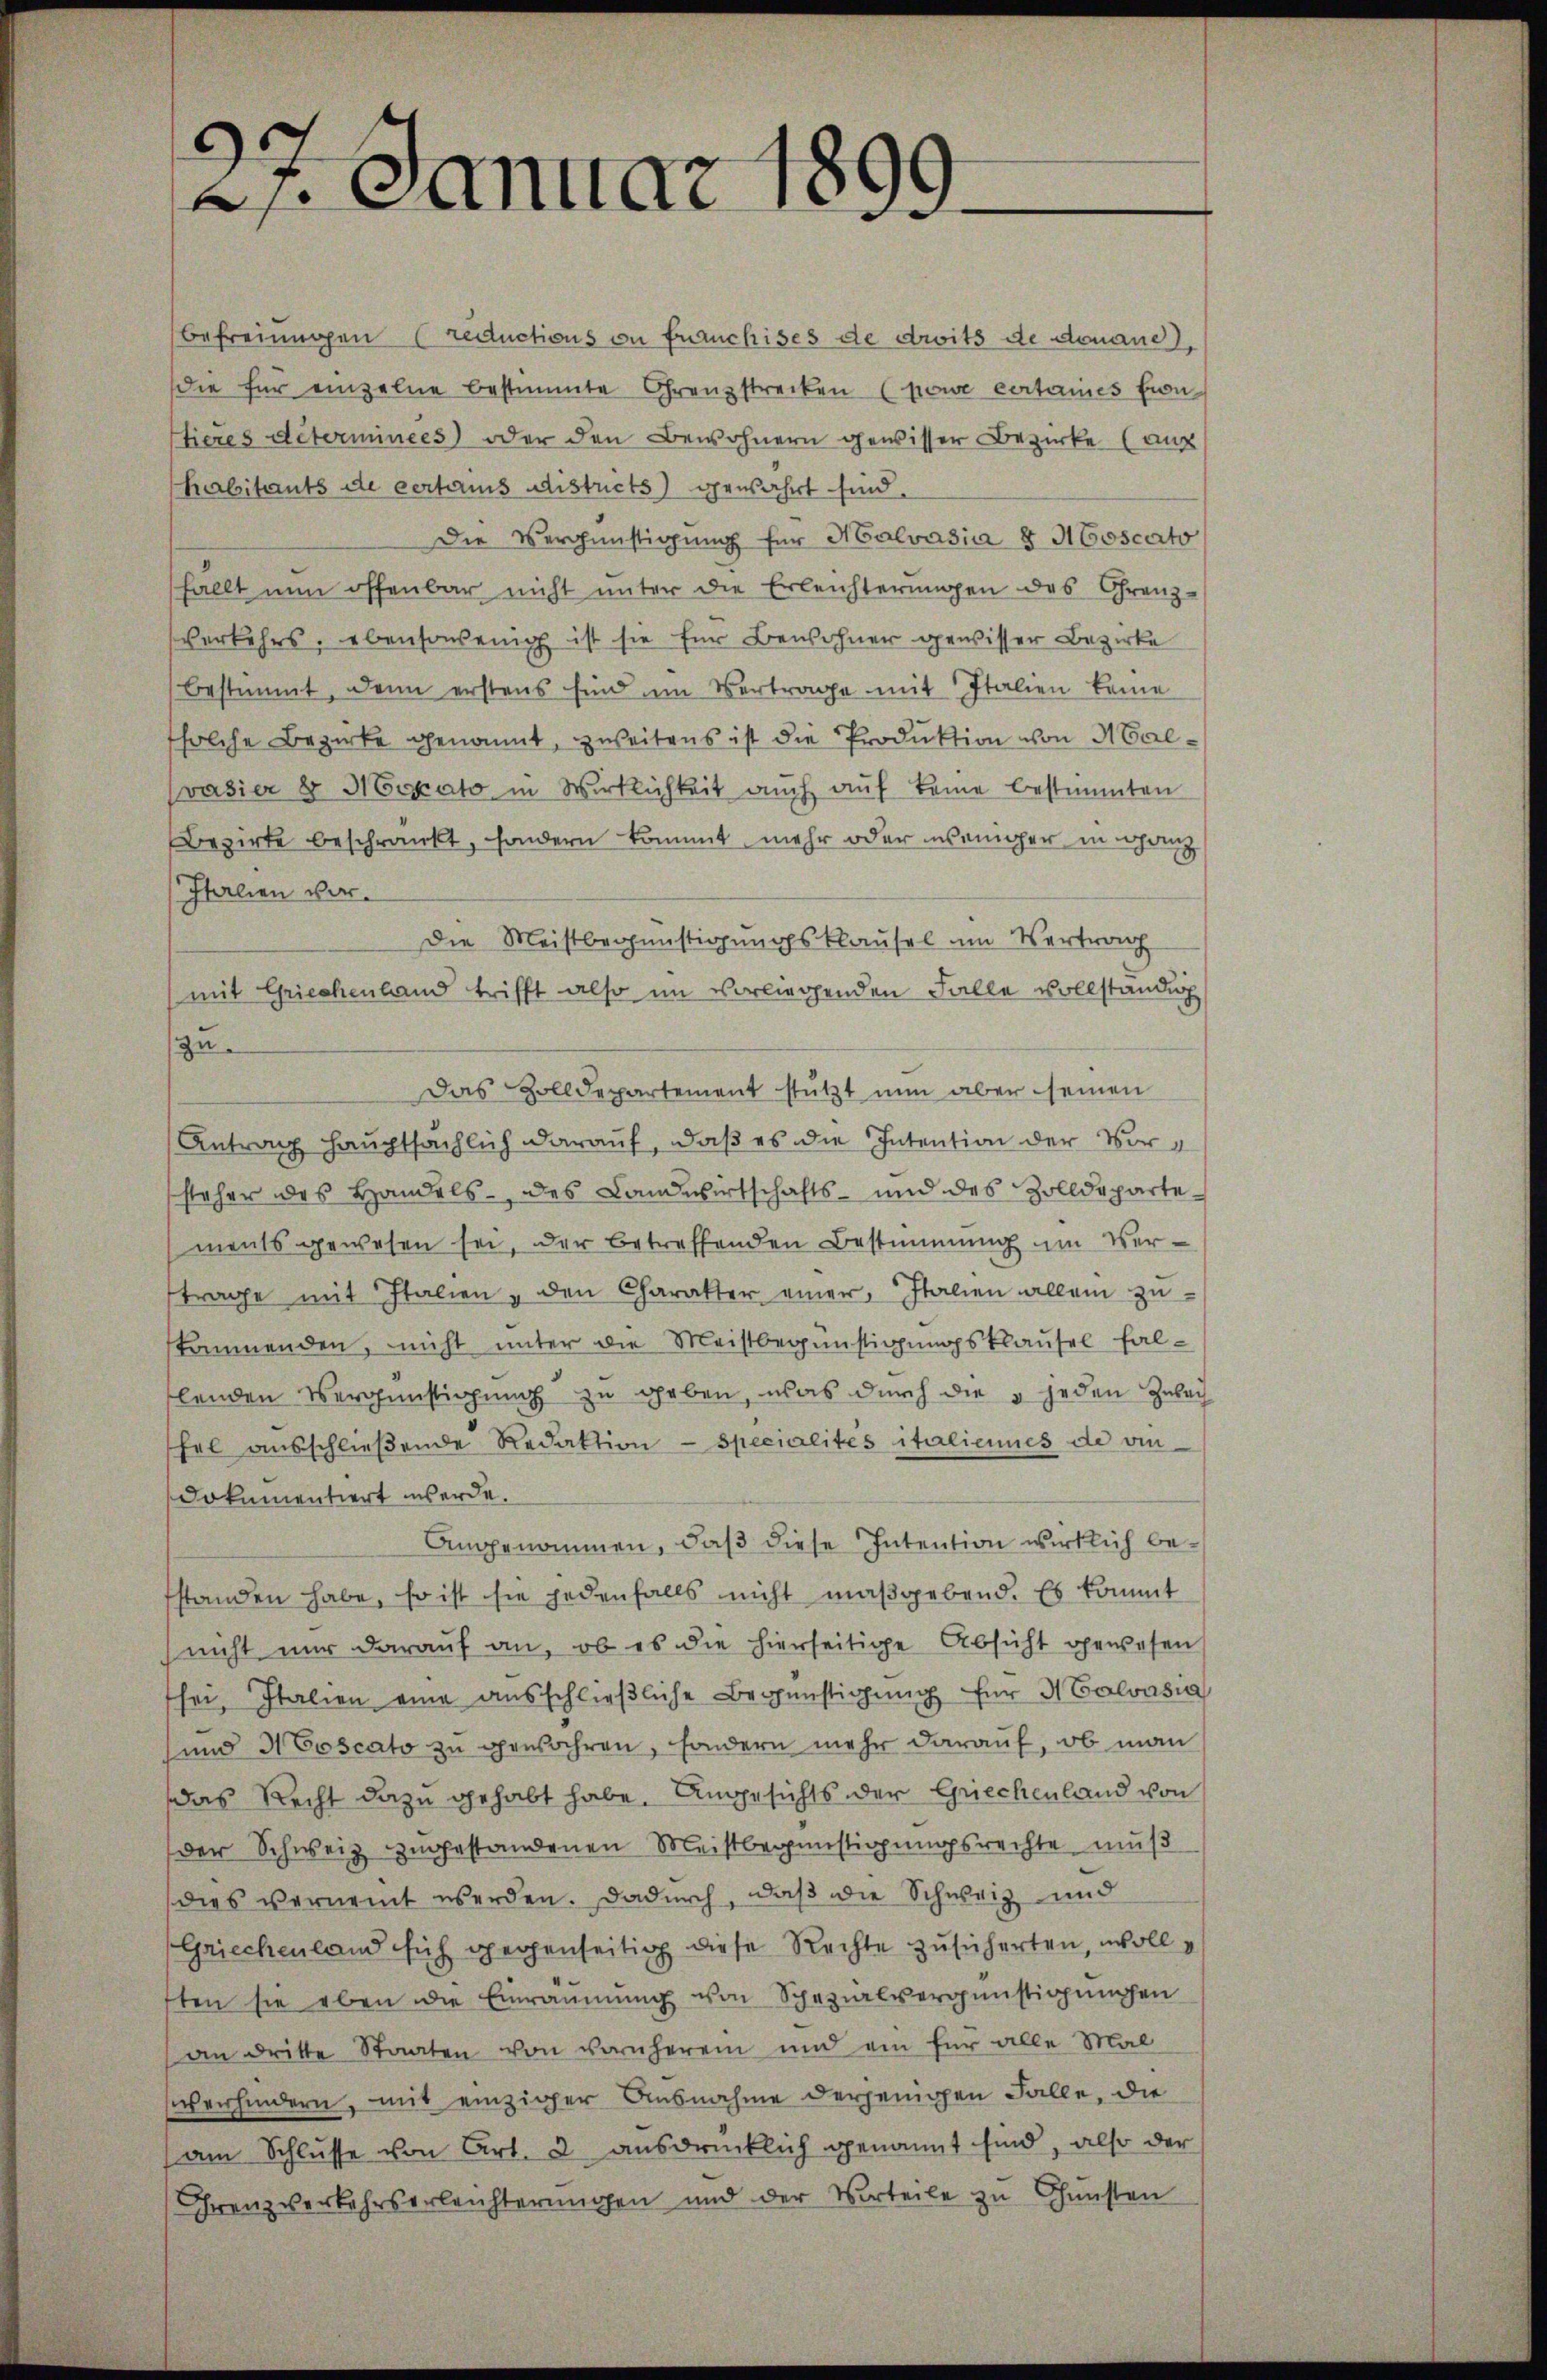
Befreiungen reductions in Franchises de droits de donane,
die für einzelne bestimmte Grenzstrecken (powe certaines Eintieres déterminees) oder den Bewohnern gewisser Bezirke (aus
habitants de certaus districts) gewahrt sind.
Die Vergünstigung für Halvasia 8 Moscato
fällt nun offenbar nicht unter die Erleichterungen des Grenz-
Verkehrs, ebensowenig ist sie für Bewohner gewisser Bezirke
bestimmt, dann erstens sind im Vertrage mit Italien keine
solche Bezirke genannt, zweitens ist die Produktion von Malvasier & Mepato in Wirklichkeit auch auf keine bestimmten
Bezirke beschränkt, sondern kommt, mehr oder weniger in ganz
Italien vor¬
Die Meistbegünstigungsklausel im Vertrag
mit Griechenland trifft also im vorliegenden Falle vollständig
zu.
Das Zolldepartement stützt nun aber seinen
Antrag hauptsächlich darauf, daß es die Intention der Vorsteher des Handels- des Landwirtschafts- und des Zolldepartements gewesen sei, der betreffenden Bestimmung um Verstrage mit Italien - den Charakter einer Italien allein zustammenden, nicht unter die Meistbegünstigungsklausel fallenden Vergünstigung zu geben, was durch die 5 jeden Zwei
fel aŭsschlieβende Redaktion - specialités italiennes de vindokumentiert werde.
Amgenommen, daß diese Intention wirklich befstanden habe, so ist sie jedenfalls nicht maßgebend. Es kommt
nicht nur darauf an, ob es die hierseitige Absicht gewesen
sei. Italien eine aŭsschlieβliche Begünstigŭng für H Calvasia
und Moscato zu gewahren, sondern mehr darauf, ob man
das Recht dazu gehabt habe. Angesichts der Griechenland von
der Schweiz zugestandenen Meistbegünstigungsrechte muß
dies vernennt werden. Dadurch, daß die Schweiz und
Griechenland sich gegenseitig diese Rechte zusicherten, wolle
sten sie eben die Einräumung von Spezialvergünstigungen
an dritte Staaten von vornherein und ein für alle Mal
sverhindern, mit einziger Ausnahme derjenigen Falle, die
am Schlusse von Art. 2 ausdrücklich genannt sind, also der
Grenzverkehrserleichterungen und der Vorteile zu Gunsten

21. Januar 1899